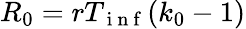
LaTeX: R_{0}=rT_{\mathrm{~i~n~f~}}(k_{0}-1)